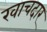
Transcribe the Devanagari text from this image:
खाचदार